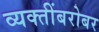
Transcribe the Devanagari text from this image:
व्यक्तींबरोबर